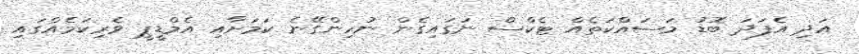
އަދި އެފަދަ ބޮޑު މަސައްކަތެއް ޓެކްސް ނަގައިގެން ނުހިންގޭނެ ކަމަށާއި އެމްޑީޕީ ވެރިކަމެއްގައި